Lunatic asylums Madras 1892-1911 - 1892-1911
Year: 1892
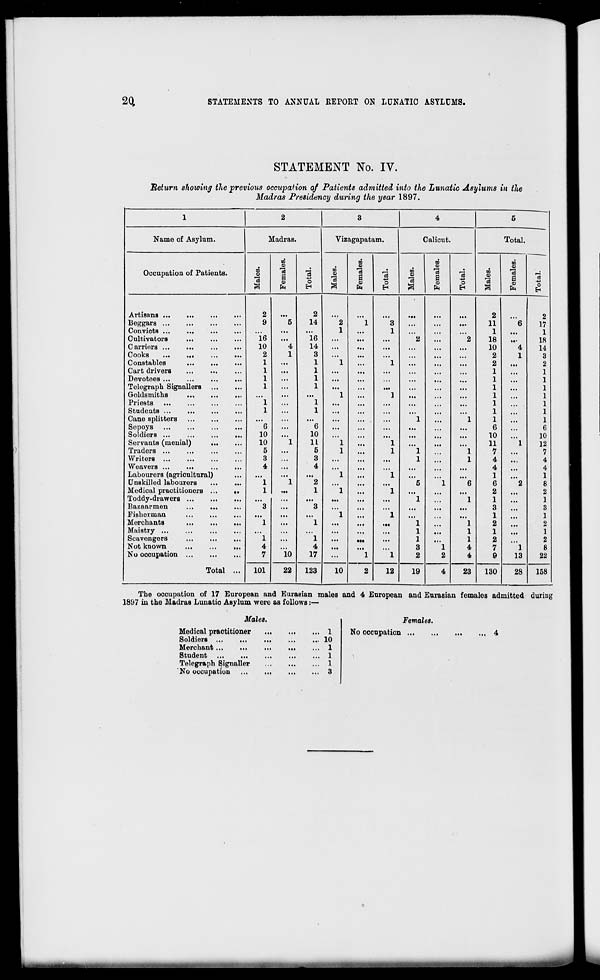
2d
STATEMENTS TO ANNUAL REPORT ON LUNATIC ASYLUMS.
STATEMENT No. IV.
Return showing the previous occupation of Patients admitted into the Lunatic Asylums in the
Madras Presidency during the year 1897.
1
2
3
4
5
Name of Asylum.
Madras.
Vizagapatam.
Calicut.
Total.
to
■ji
DO
m
9
»
CD
CD
Occupation of Patients.
CO
CO
Is
"3
i
s
fa
"a
0
Males
Femal
0
CO
CD
'a
|
fa
a
0
to
5
"3
a
CO
fa
"a
0
EH
Artisans ...
...
2
2
2
2
Beggars
9
'"5
14
2
1
3
...
...
...
11
"*6
17
Convicts ...
...
...
1
..
1
1
• I.
1
Cultivators
16
...
16
. ,.
...
2
...
2
18
.••
18
Carriers ...
10
4
14
. .,
...
...
10
4
14
Cooks
...
MI
•••
•••
2
1
3
...
..
...
...
2
1
3
Constables
1
...
1
1
1
...
...
...
2
...
2
Cart drivers
1
...
1
...
..
...
1
1
Devotees ...
...
...
1
...
1
...
.,
...
...
...
1
...
1
Telegraph Signallers
1
...
1
...
..
...
...
...
...
1
...
1
Goldsmiths
..-,
...
...
1
,,
1
...
1
1
Priests
1
...
1
...
...
...
...
1
1
Students
1
...
1
...
1
1
Cane splitters
...
...
...
,,
1
1
1
1
Sopoys
6
...
6
...
,,
...
...
...
6
6
Soldiers ...
...
...
...
10
...
10
10
10
Servants (menial)
...
10
1
11
1
1
11
1
12
Traders ...
5
...
5
1
1
1
1
7
7
Writers ...
3
3
• ••
1
1
4
4
Weavers ...
...
4
...
4
4
4
Labourers (agricultural)
...
...
M4
1
..
1
...
1
1
Unskilled labourers
...
...
1
1
2
• ••
5
1
6
6
2
8
Medical practitioners ...
M
1
...
1
1
,,
1
...
...
2
2
Toddy-drawers
...
...
...
...
..
...
1
1
1
1
Bazaarmen
...
...
3
...
3
...
3
3
Fisherman
...
...
...
1
1
...
1
1
Merchants
...
...
...
1
...
1
...
.,
...
1
1
2
2
Maistry
...
...
...
...
,,
...
1
...
1
1
...
1
Scavengers
1
...
1
«t<
...
1
...
1
2
2
Not known
4
4
...
.,
3
1
4
7
1
8
No occupation
Total ...
7
10
17
...
1
1
2
2
4
9
13
22
101
22
123
10
2
12
19
4
23
130
28
158
The occupation of 17 European and Eurasian males and 4 European and Eurasian femalos admitted
1897 in the Madras Lunatic Asylum were as follows:—
durim
Males.
Medical practitioner
Soldiers ...
Merchant ...
Student
Telegraph Signaller
No occupation
1
10
1
1
1
3
Females.
No occupation